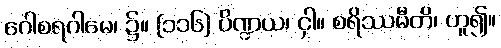
ဂေါစရဂါမေ၊ ၌။ [၁၁၆] ပိဏ္ဍယ၊ ငှါ။ စရိဿမီတိ၊ ဟူ၍။